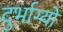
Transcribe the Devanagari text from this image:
दुर्भाग्यों